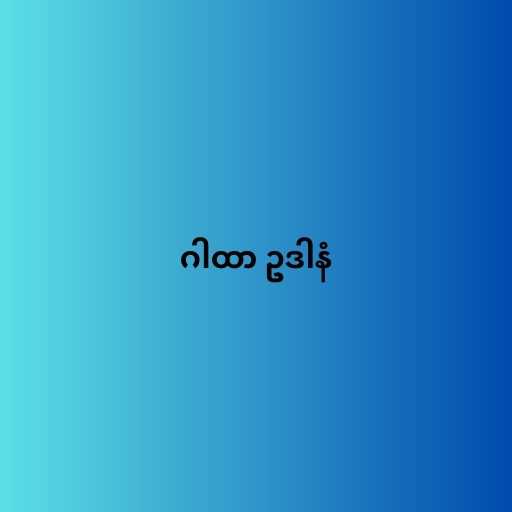
ဂါထာ ဥဒါနံ